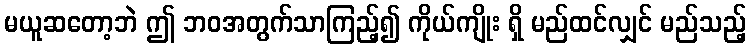
မယူဆတော့ဘဲ ဤ ဘဝအတွက်သာကြည့်၍ ကိုယ်ကျိုး ရှိ မည်ထင်လျှင် မည်သည့်